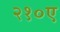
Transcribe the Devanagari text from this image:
२१०ए